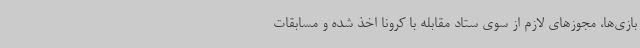
بازی‌ها، مجوزهای لازم از سوی ستاد مقابله با کرونا اخذ شده و مسابقات